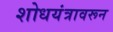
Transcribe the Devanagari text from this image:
शोधयंत्रावरून